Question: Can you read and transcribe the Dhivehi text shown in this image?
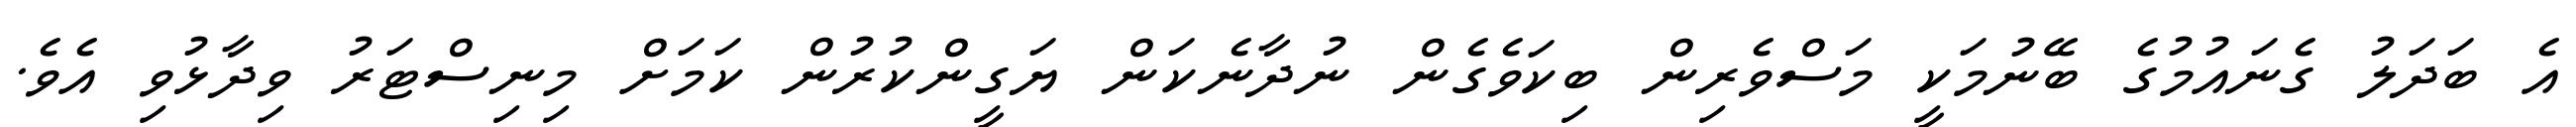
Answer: އެ ބަދަލު ގެނައުމުގެ ބޭނުމަކީ މަސްވެރިން ބިކަވެގެން ނުދާނެކަން ޔަގީންކުރުން ކަމަށް މިނިސްޓަރު ވިދާޅުވި އެވެ.